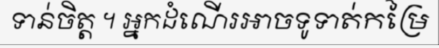
ទាន់ចិត្ត ។ អ្នកដំណើរអាចទូទាត់កម្រៃ